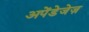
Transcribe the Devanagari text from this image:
अपेंडेजेज़